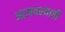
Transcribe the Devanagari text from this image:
आज्ञवल्याही